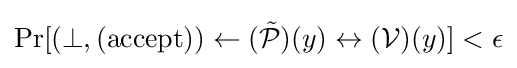
\Pr[(\perp ,({\text{accept}}))\gets ({\tilde {\mathcal {P}}})(y)\leftrightarrow ({\mathcal {V}})(y)]<\epsilon